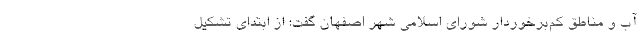
آب و مناطق کم‌برخوردار شورای اسلامی شهر اصفهان گفت: از ابتدای تشکیل